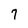
Character: 7